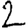
Digit: 2